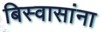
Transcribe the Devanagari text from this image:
बिस्वासांना